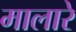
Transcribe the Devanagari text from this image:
मालारे